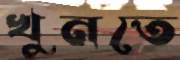
খুনতে